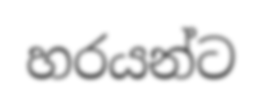
හරයන්ට